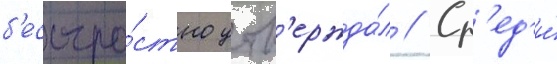
б'есстра́стно утв'ержда́л // Ср'ед'и́